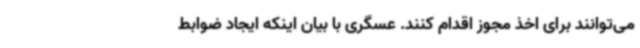
می‌توانند برای اخذ مجوز اقدام کنند. عسگری با بیان اینکه ایجاد ضوابط